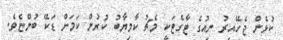
ކުޅެން ޖެހޭއިރު ނިއުގެ ޓާގެޓަކީ މެޗު ކާމިޔާބު ކުރުން ކަމަށް ޑަކޭ ބުންޏެވެ.